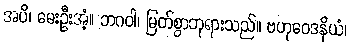
အပိ၊ မေးဦးအံ့။ ဘဂဝါ၊ မြတ်စွာဘုရားသည်။ ဗဟုဝေဒနိယံ၊